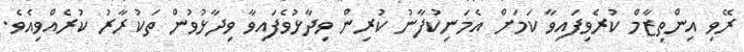
ރޭވި އިންތިޒާމް ކުރެވިފައިވާ ކަމަށް އެމަނިކުފާނު ކުރިން ވިދާޅުވެފައިވާ ވިދާޅުވުން ތަކުރާރު ކުރެއްވިއެވެ.